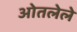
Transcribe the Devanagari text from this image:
ओतलेले